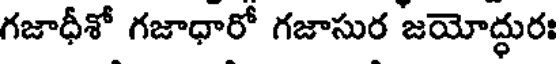
గజాధీశో గజాధారో గజాసుర జయోద్ధురః